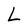
Character: L